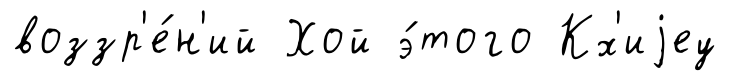
воззр'е́н'ий Хой э́того Кх'иjеу